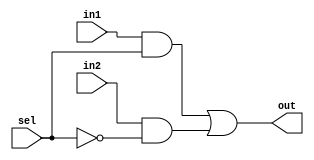
module mux(out, sel, in1, in2);
	output out;
	input sel, in1, in2;
	// the compiler will connect the wires for you,
	// so actually it's not reuqired to declare the wires.
	// wire iv_sel, a1_o, a2_o;
	not n1(iv_sel, sel);
	and a1(a1_o, in1, sel);
	and a2(a2_o, in2, iv_sel);
	or o1(out, a1_o, a2_o);
endmodule

// module mux(out, sel, in1, in2);
	// output out;
	// input sel, in1, in2;
	// reg out;
	// always @(sel, in1, in2)
		// if(sel==1)
			// out = in1;
		// else
			// out = in2;
// endmodule

// module mux(out, sel, in1, in2);
	// output out;
	// input sel, in1, in2;
	// assign out = sel&in1
		// | ~sel&in2;
// endmodule

// module mux(out, sel, in1, in2);
	// output out;
	// input sel, in1, in2;
	// assign out = sel?in1:in2;
// endmodule

module mux_tb();
	reg sel, in1, in2;
	wire out;
	mux m0(out, sel, in1, in2);
	integer k;
	initial begin
		$display(" t / sel in1 in2 out");
		$display("====================");
		$monitor("%2d /  %b   %b   %b   %b",
			$time, sel, in1, in2, out);
		for(k=0; k<8; k=k+1) begin
			{sel, in1, in2} <= k;
			#1;
			// if(k==4)
				// $finish;
		end
	end
endmodule